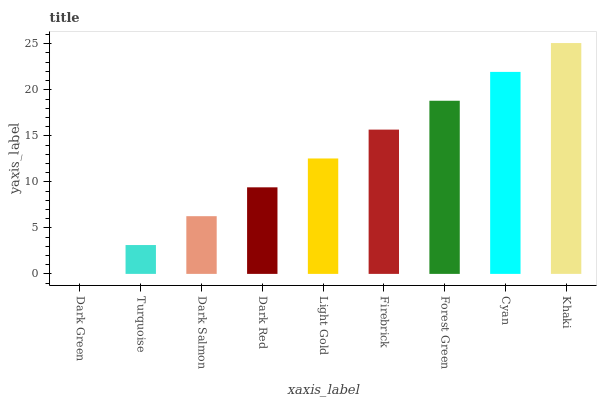
| xaxis_label | bars |
 | --- | --- |
 | Dark Green | 0 |
 | Turquoise | 3.13 |
 | Dark Salmon | 6.27 |
 | Dark Red | 9.4 |
 | Light Gold | 12.5 |
 | Firebrick | 15.7 |
 | Forest Green | 18.8 |
 | Cyan | 21.9 |
 | Khaki | 25.1 |